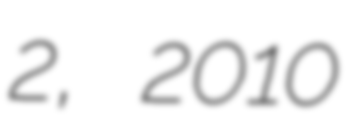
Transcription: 2, 2010